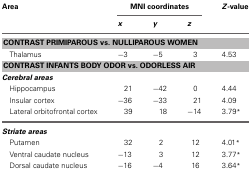
| Area | <COLSPAN=3> MNI coordinates | Z-value |
 |  | x | y | z |  |
 | --- | --- | --- | --- | --- |
 | <COLSPAN=5> CONTRAST PRIMIPAROUS vs. NULLIPAROUS WOMEN |
 | Thalamus | −3 | −5 | 3 | 4.53 |
 | <COLSPAN=5> CONTRAST INFANTS BODY ODOR vs. ODORLESS AIR |
 | <COLSPAN=5> Cerebral areas |
 | Hippocampus | 21 | −42 | 0 | 4.44 |
 | Insular cortex | −36 | −33 | 21 | 4.09 |
 | Lateral orbitofrontal cortex | 39 | 18 | −14 | 3.79* |
 | <COLSPAN=5> Striate areas |
 | Putamen | 32 | 2 | 12 | 4.01* |
 | Ventral caudate nucleus | −13 | 3 | 12 | 3.77* |
 | Dorsal caudate nucleus | −16 | −4 | 16 | 3.64* |